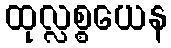
ထုလ္လစ္စယေန